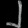
Digit: ၂